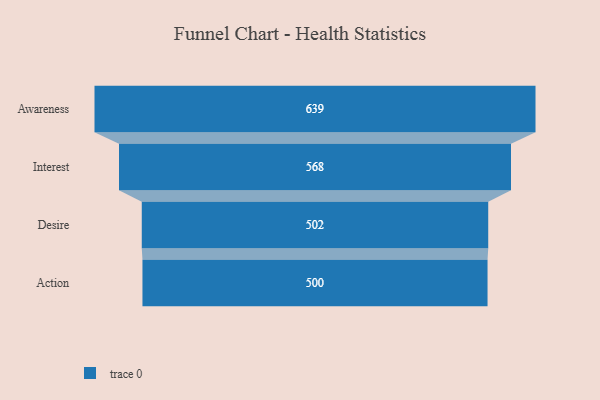
{"axis": {"x": "Stage", "y": "Value"}, "legend": [""], "data": [{"x": "Awareness", "y": 639.0, "type": ""}, {"x": "Interest", "y": 568.0, "type": ""}, {"x": "Desire", "y": 502.0, "type": ""}, {"x": "Action", "y": 500, "type": ""}]}